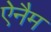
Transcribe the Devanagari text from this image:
ऐनैम